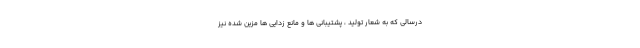
درسالی که به شعار تولید ، پشتیبانی ها و مانع زدایی ها مزین شده نیز